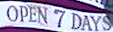
OPEN 7 DAYS